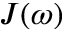
J ( \omega )